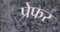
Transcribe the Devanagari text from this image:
प्रेफर